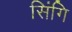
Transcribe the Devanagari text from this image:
सिंगि